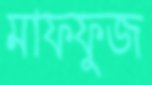
মাফফুজ